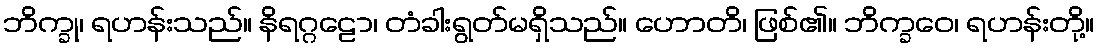
ဘိက္ခု၊ ရဟန်းသည်။ နိရဂ္ဂဠော၊ တံခါးရွတ်မရှိသည်။ ဟောတိ၊ ဖြစ်၏။ ဘိက္ခဝေ၊ ရဟန်းတို့။